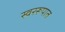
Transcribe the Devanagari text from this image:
स्वररूपात